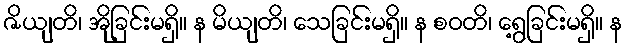
ဇိယျတိ၊ အိုခြင်းမရှိ။ န မိယျတိ၊ သေခြင်းမရှိ။ န စဝတိ၊ ရွေ့ခြင်းမရှိ။ န